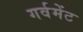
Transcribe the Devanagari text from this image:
गर्वमेंट